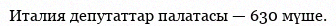
Италия депутаттар палатасы — 630 мүше.